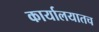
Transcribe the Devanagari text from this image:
कार्यालयातच